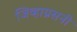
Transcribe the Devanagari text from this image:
जिव्हाग्रसनी